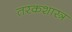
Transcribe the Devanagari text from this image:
तरकशास्त्र